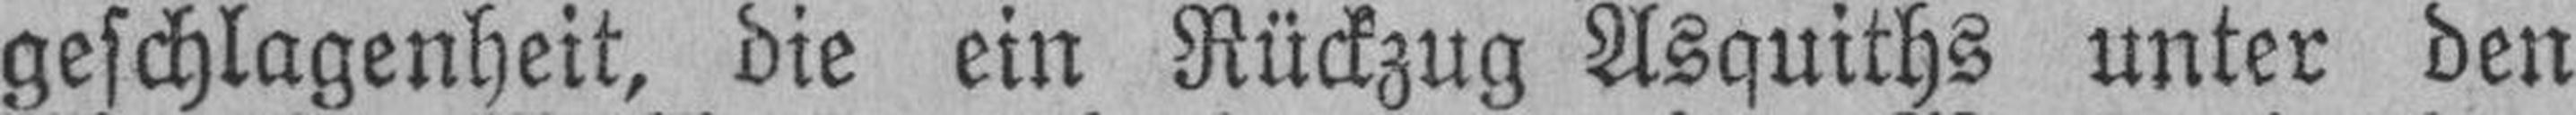
geschlagenheit, die ein Rückzug Asquiths unter den